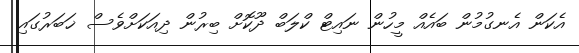
އެކަން އެނގުމުން ބައެއް މީހުން ނައިޓް ކްލަބް ދޫކޮށް ބިރުން ދިއަކަށްވެސް ޚަބަރުގައި